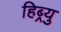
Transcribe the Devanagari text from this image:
हिब्र्यु